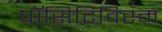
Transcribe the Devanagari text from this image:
पॉसिटिविस्म